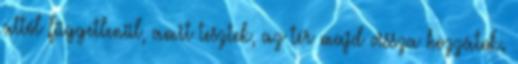
attól függetlenül, amit tesztek, az tér majd vissza hozzátok.